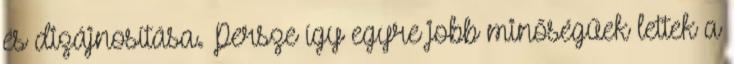
és dizájnosítása. Persze így egyre jobb minőségűek lettek a